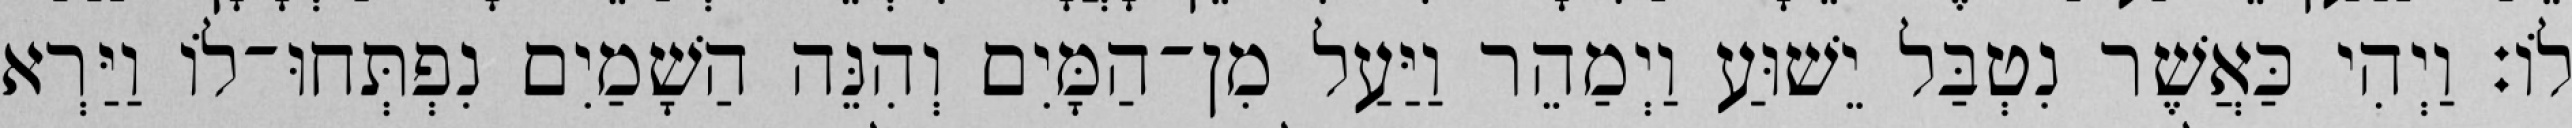
לוֹ׃ וַיְהִי כַּאֲשֶׁר נִטְבַּל יֵשׁוּעַ וַיְמַהֵר וַיַּעַל מִן־הַמָּיִם וְהִנֵּה הַשָׁמַיִם נִפְתְּחוּ־לוֹ וַיַּרְא